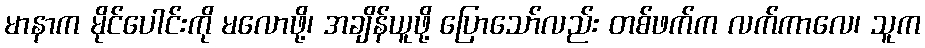
မာနာက မိုင်ပေါင်းကို မလောဖို့၊ အချိန်ယူဖို့ ပြောသော်လည်း တစ်ဖက်က လက်ကာလေ၊ သူက